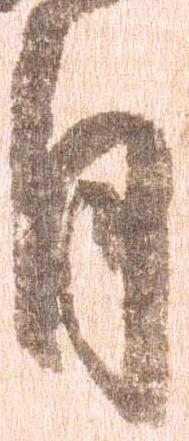
月